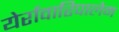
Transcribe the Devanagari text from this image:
येर्रावारिपालेम